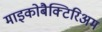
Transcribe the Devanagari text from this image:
माइकोबैक्टिरिअम